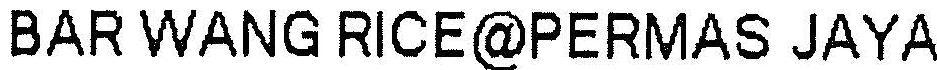
BAR WANG RICE@PERMAS JAYA